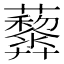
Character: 𧅏